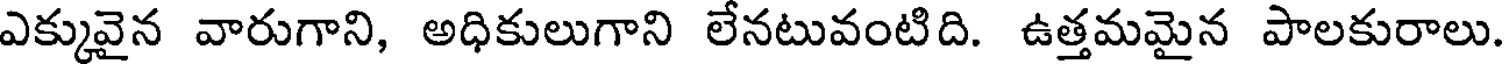
ఎక్కువైన వారుగాని, అధికులుగాని లేనటువంటిది. ఉత్తమమైన పాలకురాలు.